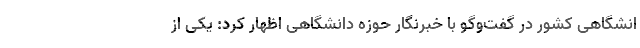
انشگاهی کشور در گفت‌وگو با خبرنگار حوزه دانشگاهی اظهار کرد: یکی از